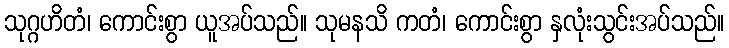
သုဂ္ဂဟိတံ၊ ကောင်းစွာ ယူအပ်သည်။ သုမနသိ ကတံ၊ ကောင်းစွာ နှလုံးသွင်းအပ်သည်။